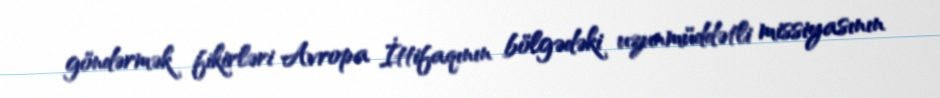
göndərmək fikirləri Avropa İttifaqının bölgədəki uzunmüddətli missiyasının